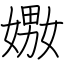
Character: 嫐